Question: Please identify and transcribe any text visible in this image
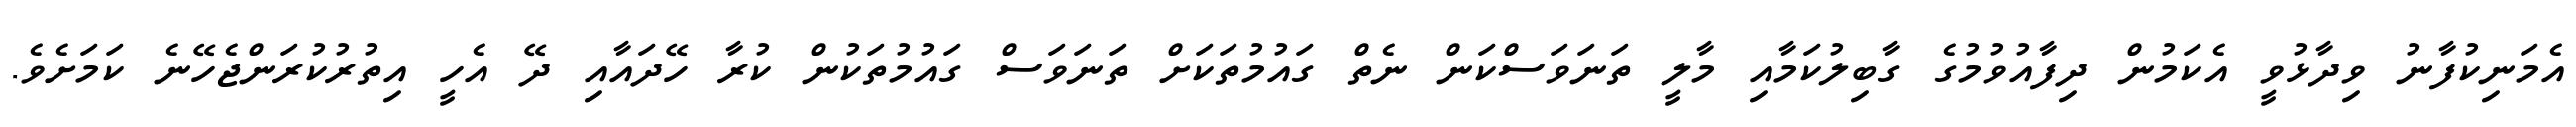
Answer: އެމަނިކުފާނު ވިދާޅުވީ އެކަމުން ދިފާއުވުމުގެ ގާބިލުކަމާއި މާލީ ތަނަވަސްކަން ނެތް ގައުމުތަކަށް ތަނަވަސް ގައުމުތަކުން ކުރާ ހޭދައާއި ދޭ އެހީ އިތުރުކުރަންޖެހޭނެ ކަމަށެވެ.